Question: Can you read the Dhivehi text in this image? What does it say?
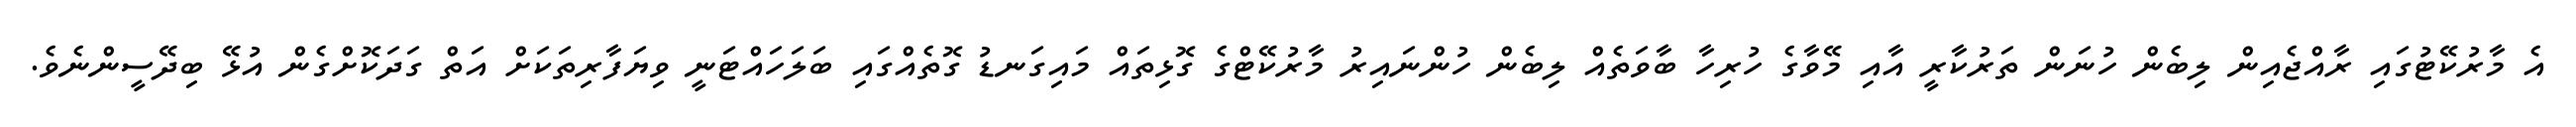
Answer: އެ މާރުކޭޓުގައި ރާއްޖެއިން ލިބެން ހުނަން ތަރުކާރީ އާއި މޭވާގެ ހުރިހާ ބާވަތެއް ލިބެން ހުންނައިރު މާރުކޭޓްގެ ގޮޅިތައް މައިގަނޑު ގޮތެއްގައި ބަލަހައްޓަނީ ވިޔަފާރިތަކަށް އަތް ގަދަކޮށްގެން އުޅޭ ބިދޭސީންނެވެ.